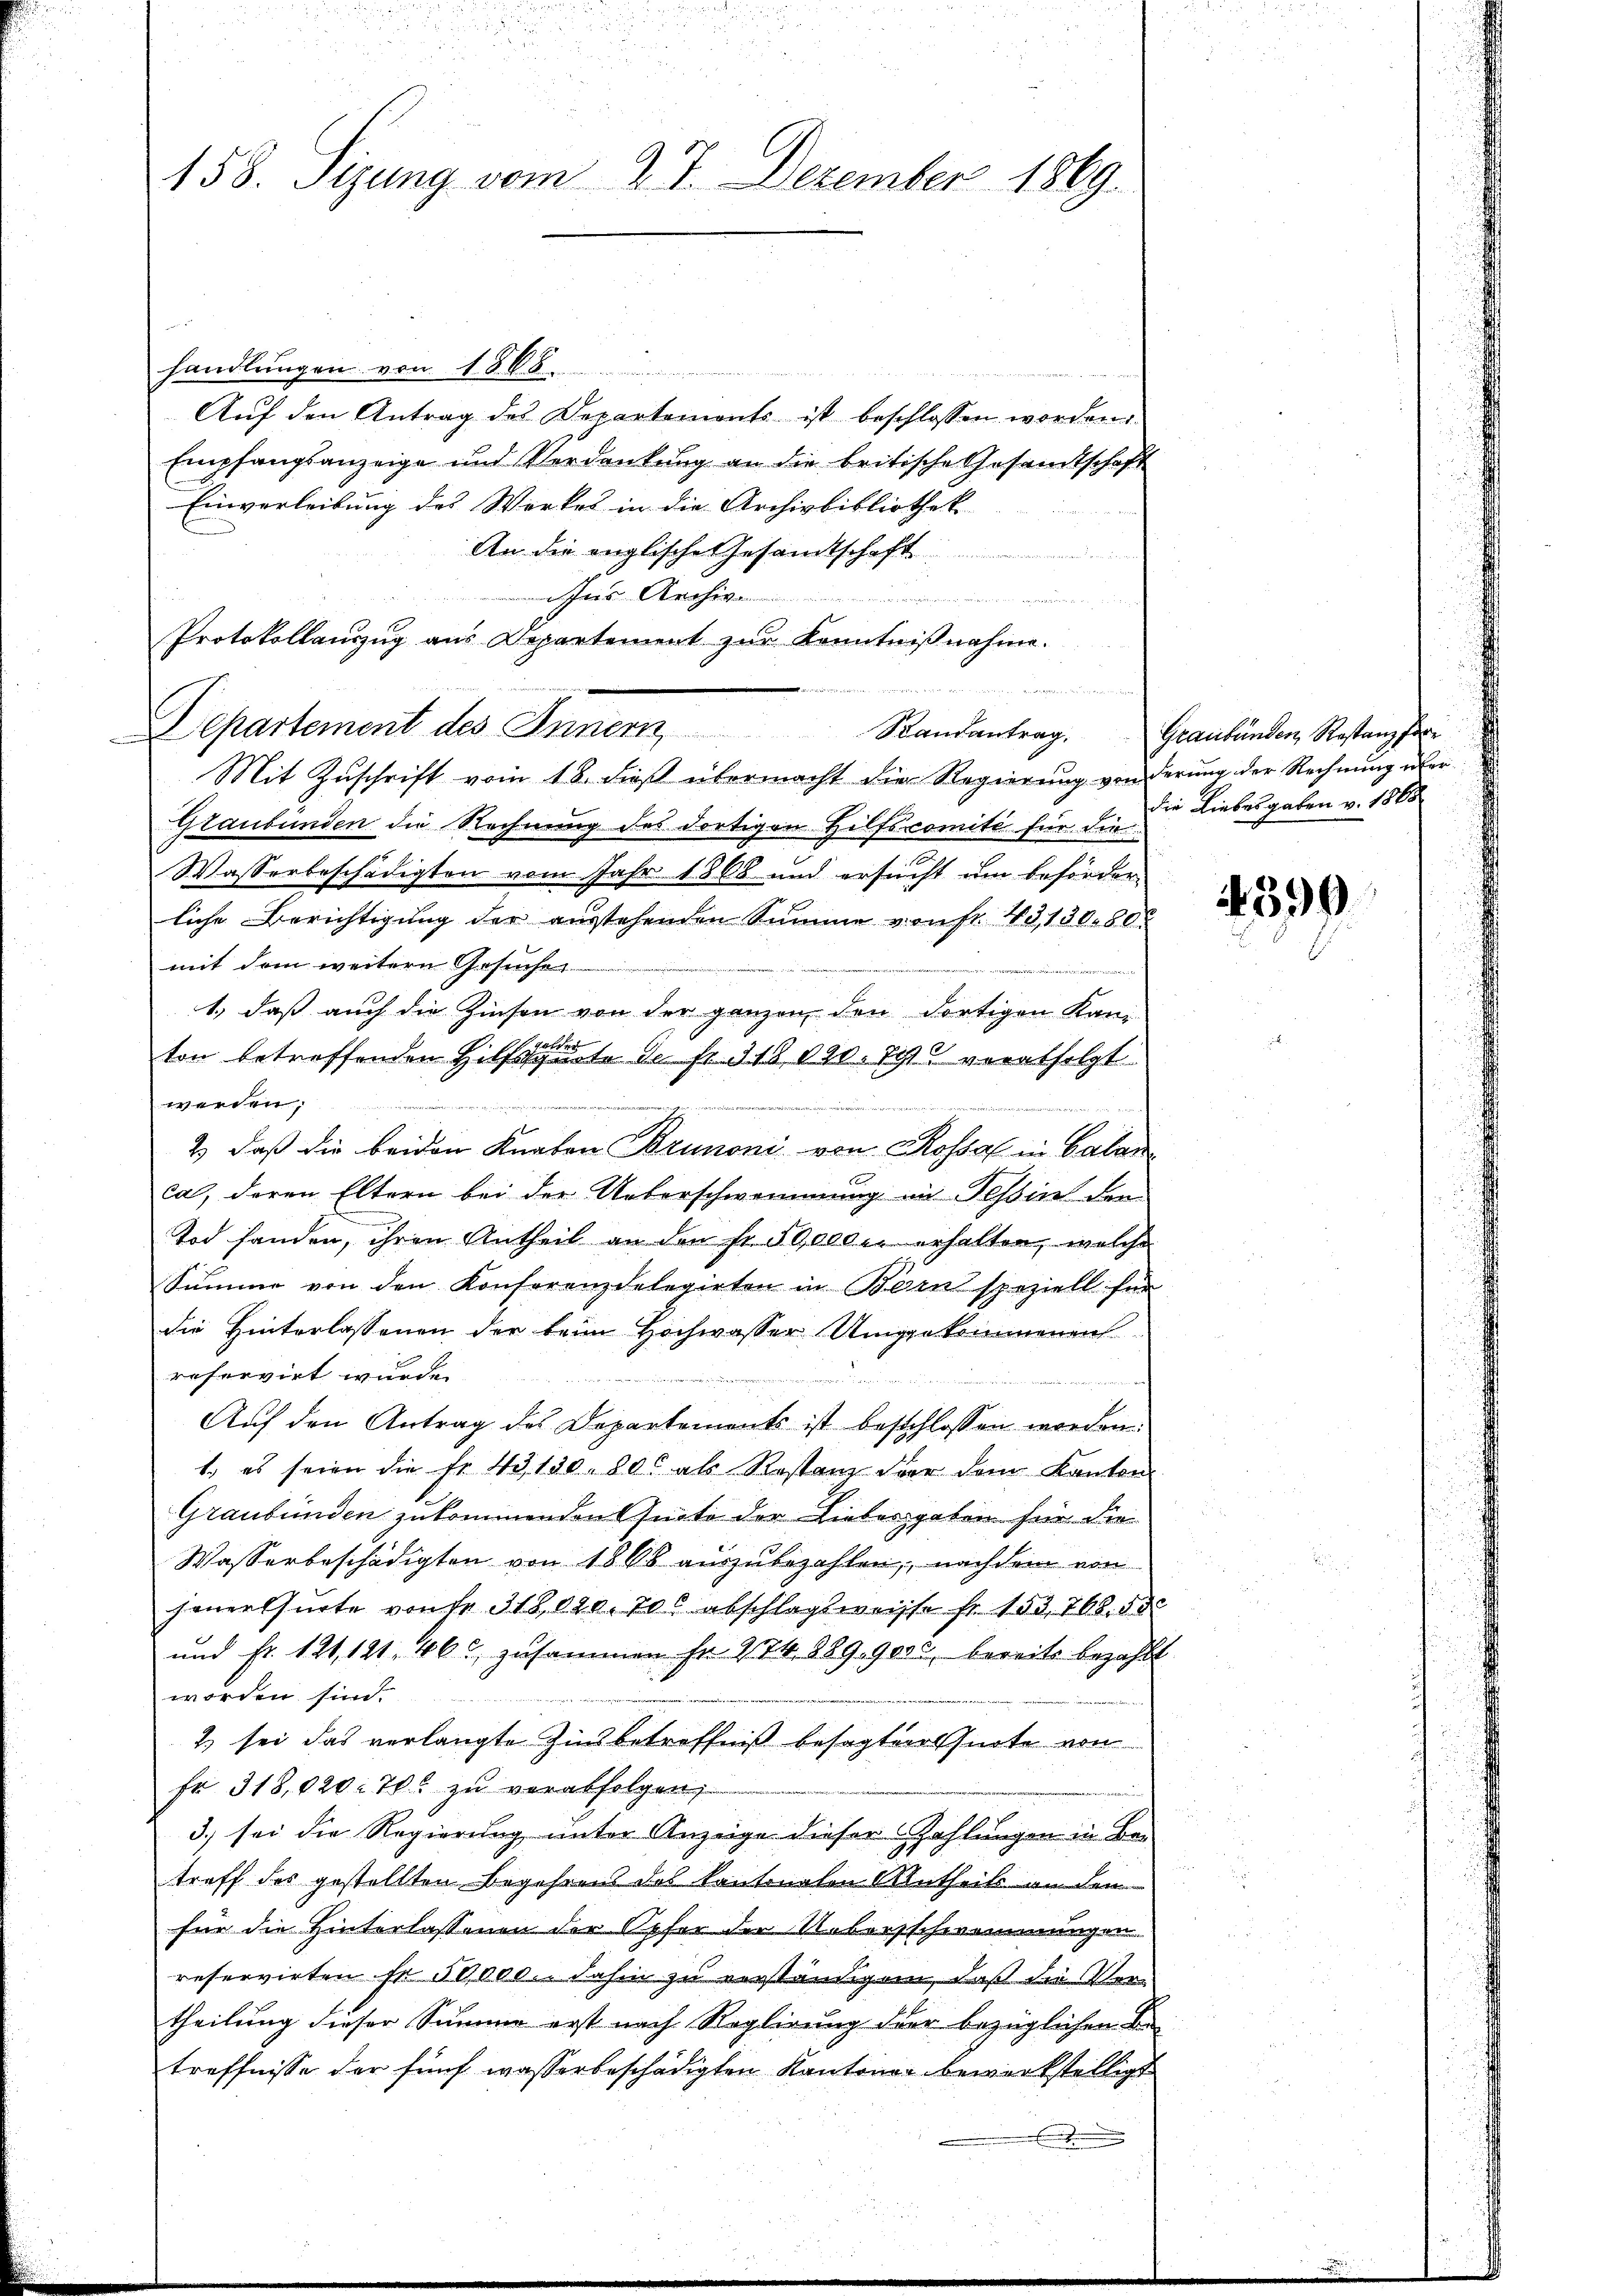
158. Sizung vom 27. Dezember 1869.

handlungen von 18. 68
Auf den Antrag des Departements ist beschlossen worden
Empfangsanzeige und Verdankung an die britische Gesandtschaft
Einverleibung des Werkes in die Archivbibliothek
An die englische Gesandtschaft
hns Archiv
 eines versten und die
Protokollauszug aus Departement zur Kenntnißnahme.
 , den die
Mit Zuschrift vom 18. dieß übermacht die Regierung von derung der Rechnung über
Graubünden die Rechnung des dortigen Hilfscomité für die Liebesgaben v. 1868
Wasserbeschädigten vom Jahr 1866 und ersucht um beförderliche Berichtigung der ausstehenden Summe von fr. 49,13080.
mit dem weitern Gesuche
1.) daß auch die Zinsen von der ganzen den dortigen Kan
Spalten
ton betreffenden Hilfsquote de fr. 318 000. 700 verabfolgt
werden;
tehen
f
2) daß die beiden Knaben Brunoni von Rossel in Calanca, deren Eltern bei der Ueberschwemmung in Tessin dem
Tod handen, ihren Antheil an den fr. 50,000 erhalten, welche
Summe von den Konferenzgelegirten in Born speziell für
die Hinterlassenen der beim Hochwasser Umgekommenen
reservirt wurde.
 Bazenmann, innen
ah
Auf den Antrag des Departements ist beschlossen worden.
1., es seien die Fr. 43, 150. 800 als Restanz der dem Kanton
Graubünden zukommenden seite der Liebesgaben für die
Wasserbeschädigten von 1868 auszubezahlen, nachdem von
heuerlsurte von Fr. 318,020. 700 abschlagsweisse fr. 153. 708. d
und fr. 121, 121. 463 zusammen fr. 274. 889, 9000 bereits bezahlt
worden sind.
2) sei das verlangte Zinsbetreffniß besagteolsnote von
fr. 318,020: 70 zu verabfolgen,
3) sei die Regierung unter Anzeige dieser Zahlungen in Betreff des gestellten Begehrens des kantonalen Antheils an den
für die Hinterlassenen der Opfer der Uebersschwemmungen
reservirten sr 50,000. dahin zu verständigen, daß die Vertheilung dieser Summe erst nach Reglirung der bezüglichen B
treffnisse der fünf wasserbeschädigten Kantonen bewerkstelligt

Departement des Innern Randantrag. Graubünden Restanz fer

399